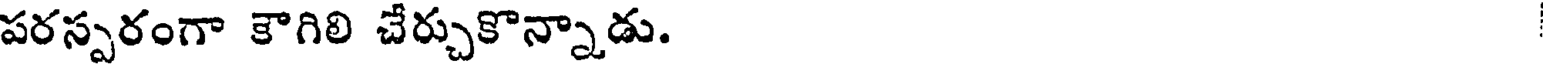
పరస్పరంగా కౌగిలి చేర్చుకొన్నాడు.